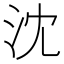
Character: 沈